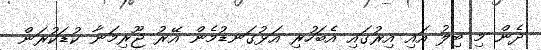
ދެން މި ބިލު އައި އިރުގައި އެބަހުރި އަޅުގަނޑުމެން އޭރު ޖޫރިމަނާ ކުޑަކުރަން